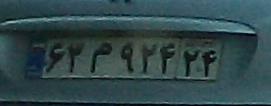
۶۳م۹۲۴۲۴